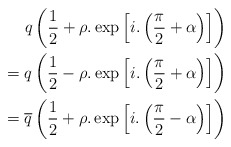
\begin{align*}q\left(\frac{1}{2}+\rho .\exp \left[i.\left(\frac{\pi }{2}+\alpha \right)\right]\right)&\\=q\left(\frac{1}{2}-\rho .\exp \left[i.\left(\frac{\pi }{2}+\alpha \right)\right]\right)&\\=\overline{q}\left(\frac{1}{2}+\rho .\exp \left[i.\left(\frac{\pi }{2}-\alpha \right)\right]\right)\end{align*}